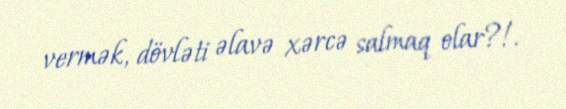
vermək, dövləti əlavə xərcə salmaq olar?!.